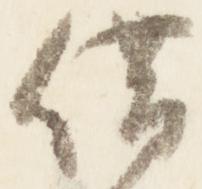
借